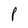
Character: P